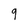
Character: 9